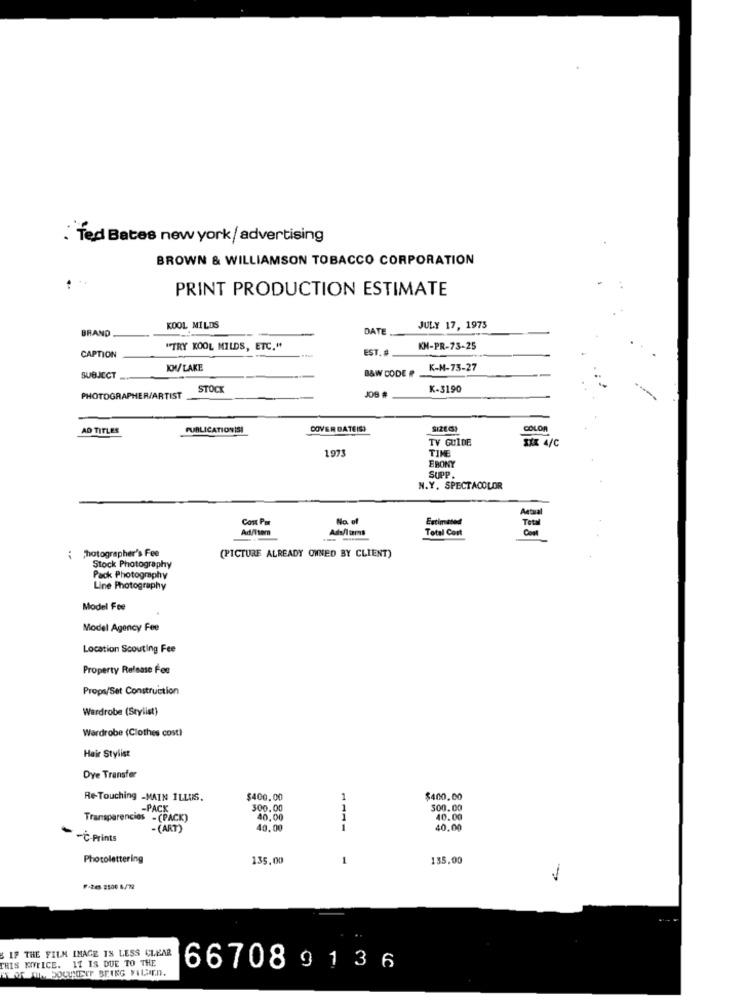
. Ted Bates new york/advertising
BROWN & WILLIAMSON TOBACCO CORPORATION
PRINT PRODUCTION ESTIMATE
BRAND
KOOL MILDS
DATE
JULY 17, 1973
"TRY KOOL MILDS, ETC."
EST. #
KM-PR-73-25
CAPTION
KW/LAKE
B&W CODE #
K-M-73-27
SUBJECT
STOCK
K-3190
PHOTOGRAPHER/ARTIST
AD TITLES
PUBLICATIONISI
COVER DATEIS:
SIZE6
COLOR
TV GUIDE
XXX 4/C
1973
TIME
EBONY
SUPP.
N.Y. SPECTACOLOR
Com Por
No. of
Estimated
Actual
Ad/Tsom
Ads/lars
Total Cost
Total
-
{ photographer's Fee
(PICTURE ALREADY OWNED BY CLIENT)
Stock Photography
Pack Photography
Line Photography
Model Fee
Model Agency Fee
Location Scouting Fee
Property Release Fee
Props/Set Construction
Wardrobe (Stylist}
Wardrobe (Clothes cost)
Hair Stylist
Dye Transfer
Re-Touching -MAIN ILLUS.
$400.00
$400.00
-PACK
300.00
300.00
Transparencies - (PACK)
40,00
40.00
-
- (ART)
40.00
1111
40.00
-C-Prints
Photolettering
135.00
1
135,00
1
F-245 2506 6/79
IF THE FILM IMAGE IS LESS CLEAR
THIS NOTICE. 11 IS DUE TO THE
66708 9 1 36